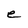
Character: e